Medical and sanitary report of the native army of Bengal for the year
Year: 1874
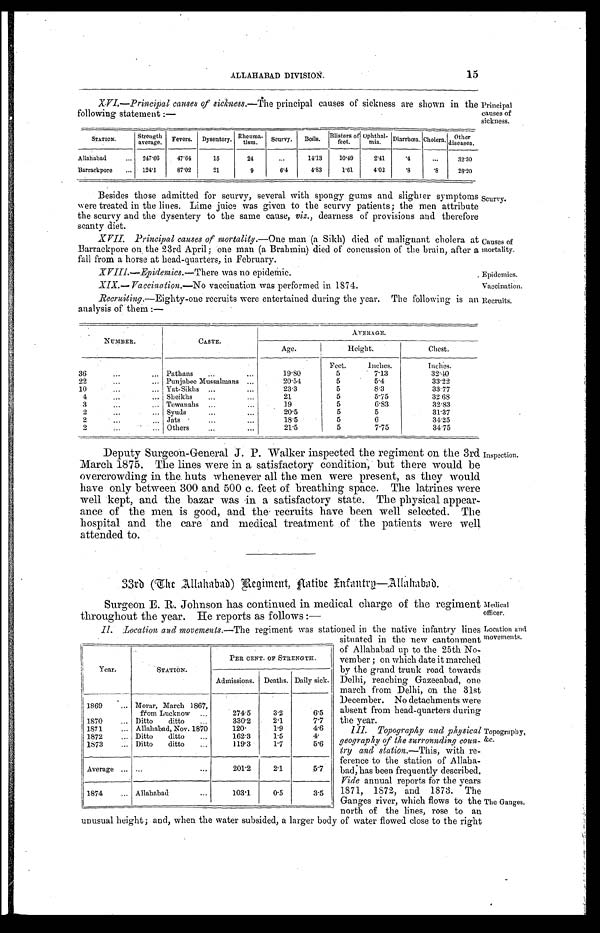
Epidemics.
Vaccination.
Medical
officer.
Location and
movements.
15
ALLAHABAD DIVISION.
XVI.— Principal causes of sicknsess.—The principal causes of sickness are shown in the
following statement :—
Principal
causes of
sickness.
STATION.
Strength
a v e r a g e .
Fevers.
Dysentery.
Rheuma-
t i s m . Scurvy.
Boils.
Blisters of
feet.
O p h t h a l - m i a .
Diarrhœa. Cholera.
O t h e r d i s e a s e s .
Al l a h a b a d . . .
247.66
47.64
15
24
. . .
14.13
10.49
2.41
.4
. . .
32.30
Barrackpore . . .
124 .1
87.02
21
9
6.4
4.83
1.61
4.02
.8
.8
28.20
Besides those admitted for scurvy, several with spongy gums and slighter symptoms
were treated in the lines. Lime juice was given to the scurvy patients; the men attribute
the scurvy and the dysentery to the same cause, viz., dearness of provisions and therefore
scanty diet.
Scurvy.
XVII. Principal causes of mortality. —One man (a Sikh) died of malignant cholera at
Barrackpore on the 23rd April; one man (a Brahmin) died of concussion of the brain, after a
fall from a horse at head-quarters, in February.
Causes of
mortality.
XVIII .— Epidemics .—There was no epidemic.
XIX.— Vaccination .—No vaccination was performed in 1874.
Recruiting .—Eighty-one recruits were entertained during the year. The following is an Recruits.
analysis of them :—
NUMBER.
CASTE.
AVERAGE.
Age.
Height.
Chest.
36 . . . Pathans . . .
19.80
Feet.
5
inches.
7.13
Inches.
32.40
22 . . . Punjabee Mussalmans . . .
20.54
5
5.4
33.22
10 . . . Yat-Sikhs . . .
23.3
5
8.3
33.77
4
.
.
. Sheikhs . . .
21
5
5.75
32.68
3
.
.
. Tewanahs . . .
19
5
6.83
32.83
2
.
.
.
S y u d s . . .
20.5
5
5
31.37
2
.
.
. Jats . . .
18.5
5
6
34.25
2
.
.
. Others . . .
21.5
5
7.75
34.75
Deputy Surgeon-General J. P. Walker inspected the regiment on the 3rd
March 1875. The lines were in a satisfactory condition, but there would be
overcrowding in the huts whenever all the men were present, as they would
have only between 300 and 500 c. feet of breathing space. The latrines were
well kept, and the bazar was in a satisfactory state. The physical appear
-ance of the men is good, and the recruits have been well selected. The
hospital and the care and medical treatment of the patients were well
attended to.
Inspection.
33rd (The Allahabad) Regiment, Aatibe Infantry—Allahabad.
Surgeon E.R.Johnson as continued in medical charge of the regiment
throughout the year. He reports as follows :—
Year.
STATION.
PER CENT. OF STRENGTH.
Admissions.
Deaths. Daily sick.
1869 . . . Morar, March 1867,
from Lucknow . . .
274.5
3.2
6.5
1870 . . . Ditto ditto . . .
330.2
2.1
7.7
1871 . . . Allahabad, Nov. 1870
120.
1.9
4.6
1872 . . . Ditto ditto . . .
162.3
1.5
4.
1873 . . . Ditto ditto . . .
119.3
1. 7
5.6
Average . . .
. . .
201.2
2.1
5 . 7
1874 . . . Allahabad . . . 103.1
0.5
3.5
II. Location and movements. —The regiment was stationed in the native infantry lines
situated in the new cantonment
of Allahabad up to the 25th No-
-vember ; on which date it marched
by the grand trunk road towards
Delhi, reaching Gazeeabad, one
march from Delhi, on the 31st
December. No detachments were
absent from head-quarters during
the year.
III. Topography and physical
geography of the surrounding coun -
try and station .—This, with re -
ference to the station of Allaha -
bad, has been frequently described.
Vide annual reports for the years
1871, 1872, and 1873. The
Ganges river, which flows to the
north of the lines, rose to an
unusual height; and, when the water subsided, a larger body of water flowed close to the right
Topography,
&c.
The Ganges.